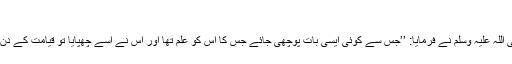
‘‘
ابو ہریرہ رضی اللہ عنہ سے روایت ہے رسول اللہ صلی اللہ علیہ وسلم نے فرمایا: ’’جس سے کوئی ایسی بات پوچھی جائے جس کا اس کو علم تھا اور اس نے اسے چھپایا تو قیامت کے دن آگ کی لگام اس کے منہ میں دی جائے گی‘‘ (ابو داود۔